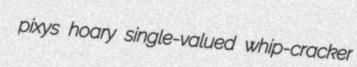
pixys hoary single-valued whip-cracker